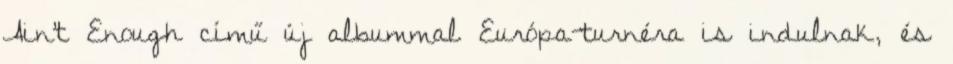
Ain't Enough című új albummal Európa-turnéra is indulnak, és